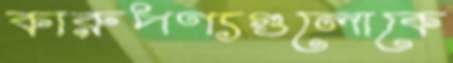
কারুপণ্যগুলোকে